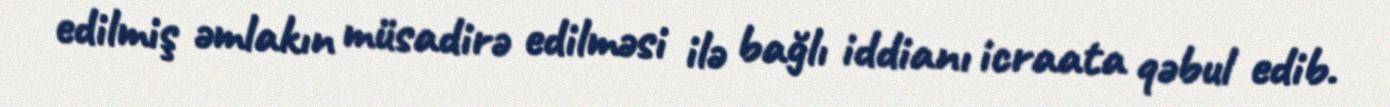
edilmiş əmlakın müsadirə edilməsi ilə bağlı iddianı icraata qəbul edib.